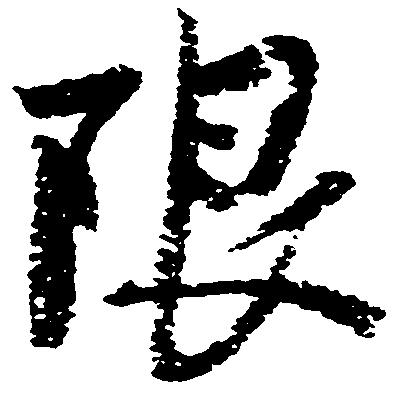
限